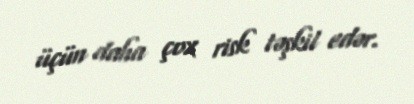
üçün daha çox risk təşkil edər.